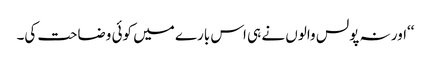
‘‘اور نہ پولس والوں نے ہی اس بارے میں کوئی وضاحت کی۔